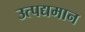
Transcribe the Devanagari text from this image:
उत्पद्यमान